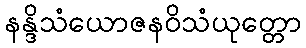
နန္ဒိသံယောဇနဝိသံယုတ္တော